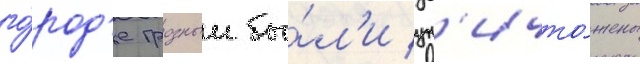
го́род'е грозныи бы́л'и ун'ичто́жены